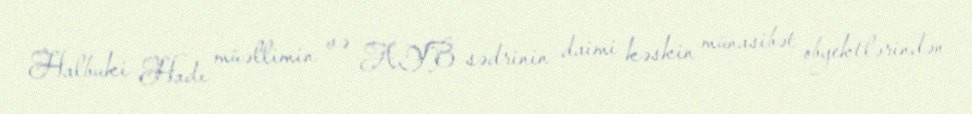
Halbuki Hadı müəllimin və AYB sədrinin daimi kəskin münasibət obyektlərindən